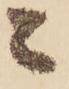
と